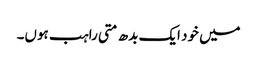
میں خود ایک بدھ متی راہب ہوں۔